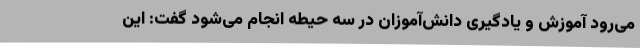
می‌رود آموزش و یادگیری دانش‌آموزان در سه حیطه انجام می‌شود گفت: این